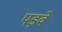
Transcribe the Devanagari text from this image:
पड़वे